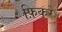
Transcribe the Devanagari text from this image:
फ़िकरे